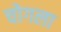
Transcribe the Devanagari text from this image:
चोगला